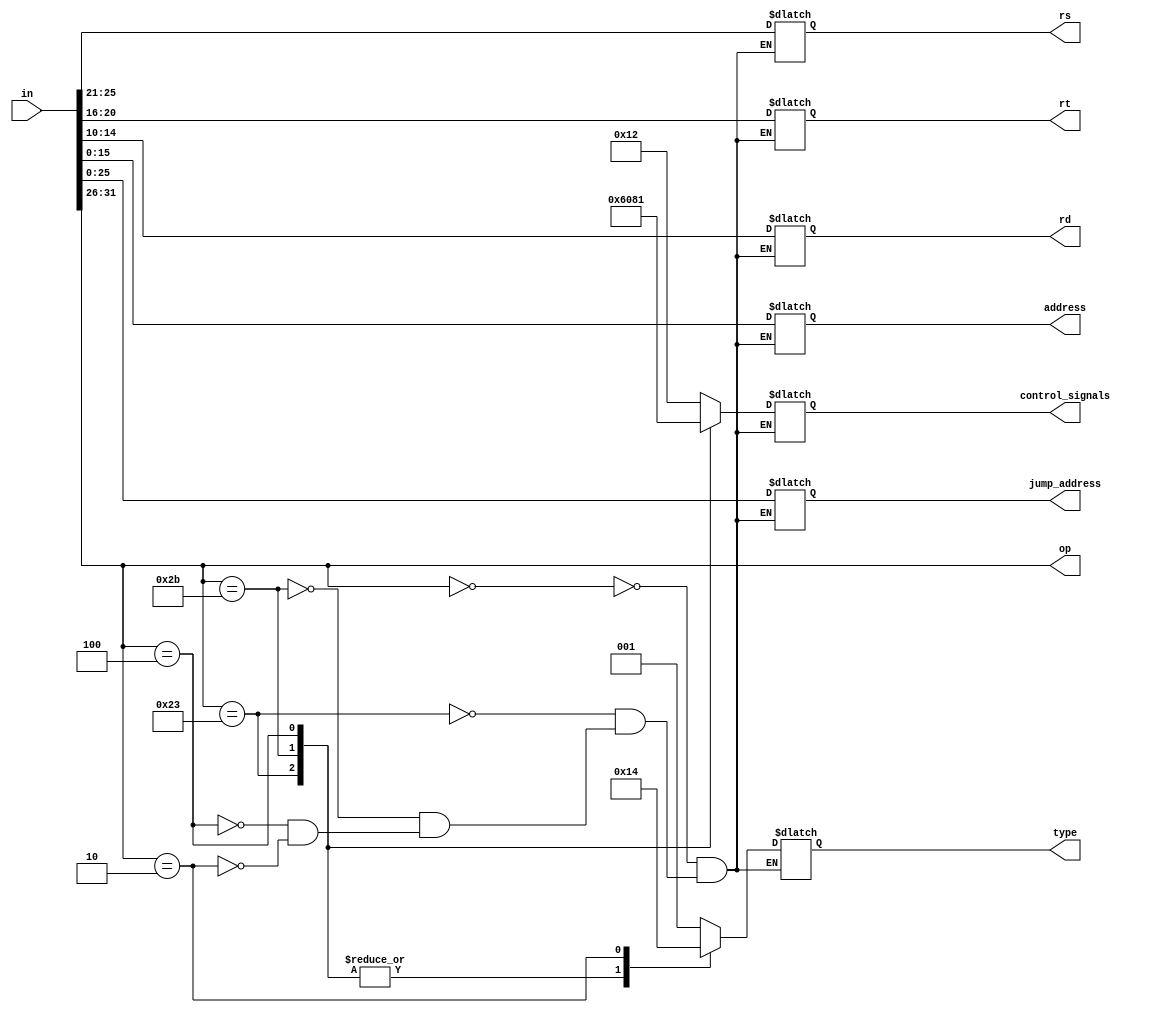
module sci(in,op,type,rs,rt,rd,address,jump_address,control_signals);
input[31:0] in;
output[5:0] op; 
reg[5:0] op;
output[2:0] type;
reg[2:0] type;
output[4:0] rs;
reg[4:0] rs;
output[4:0] rt;
reg[4:0] rt;
output[4:0] rd;
reg[4:0] rd;
output[4:0] control_signals;
reg[4:0] control_signals;
output[15:0] address;
reg[15:0] address;
output[25:0] jump_address;
reg[25:0] jump_address;
always @(in)
begin
op=in[32:26];
case(op)
 6'b000000:begin
  type=3'b001;
  control_signals=5'b10010;
  rs=in[26:21];
  rt=in[21:16];
  rd=in[16:10];
  address=16'bxxxxxxxxxxxxxxxx;
  jump_address=26'bxxxxxxxxxxxxxxxxxxxxxxxxxx;
  end 
 6'b100011:begin
  type=3'b010;
  control_signals=5'b11000;
  rs=in[26:21];
  rt=in[21:16];
  rd=5'bxxxxx;
  address=in[16:0];
  jump_address=26'bxxxxxxxxxxxxxxxxxxxxxxxxxx;
  end
 6'b101011:begin
  type=3'b010;
  control_signals=5'b00100;
  rs=in[26:21];
  rt=in[21:16];
  rd=5'bxxxxx;
  address=in[16:0];
  jump_address=26'bxxxxxxxxxxxxxxxxxxxxxxxxxx;
  end
 6'b000100:begin
  type=3'b010;
  control_signals=5'b00001;
   rs=in[26:21];
  rt=in[21:16];
  rd=5'bxxxxx;
  address=in[16:0];
  jump_address=26'bxxxxxxxxxxxxxxxxxxxxxxxxxx;
  end
 6'b000010:begin
  type=3'b100;
  control_signals=5'bxxxxx;
  rs=5'bxxxxx;
  rt=5'bxxxxx;
  rd=5'bxxxxx;
  address=16'bxxxxxxxxxxxxxxxx;
  jump_address=in[26:0];
  end 
endcase
end
endmodule